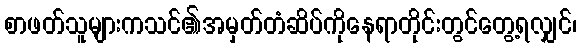
စာဖတ်သူများကသင်၏အမှတ်တံဆိပ်ကိုနေရာတိုင်းတွင်တွေ့ရလျှင်၊